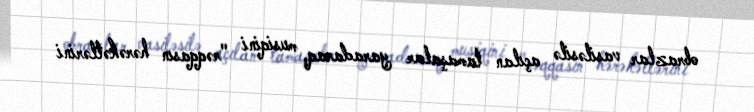
obrazlar vasiləsilə açılan tamaşalar yaradaraq, musiqini "rəqqasın hərəkətlərini